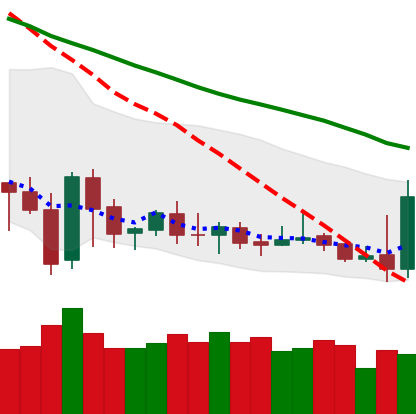
Ticker: DOGE-USD
Chart end date: 2020-01-03
Forward return: 6.9%
Label: up_5_7